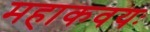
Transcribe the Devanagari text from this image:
महाकवयः